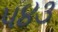
૫૪૩